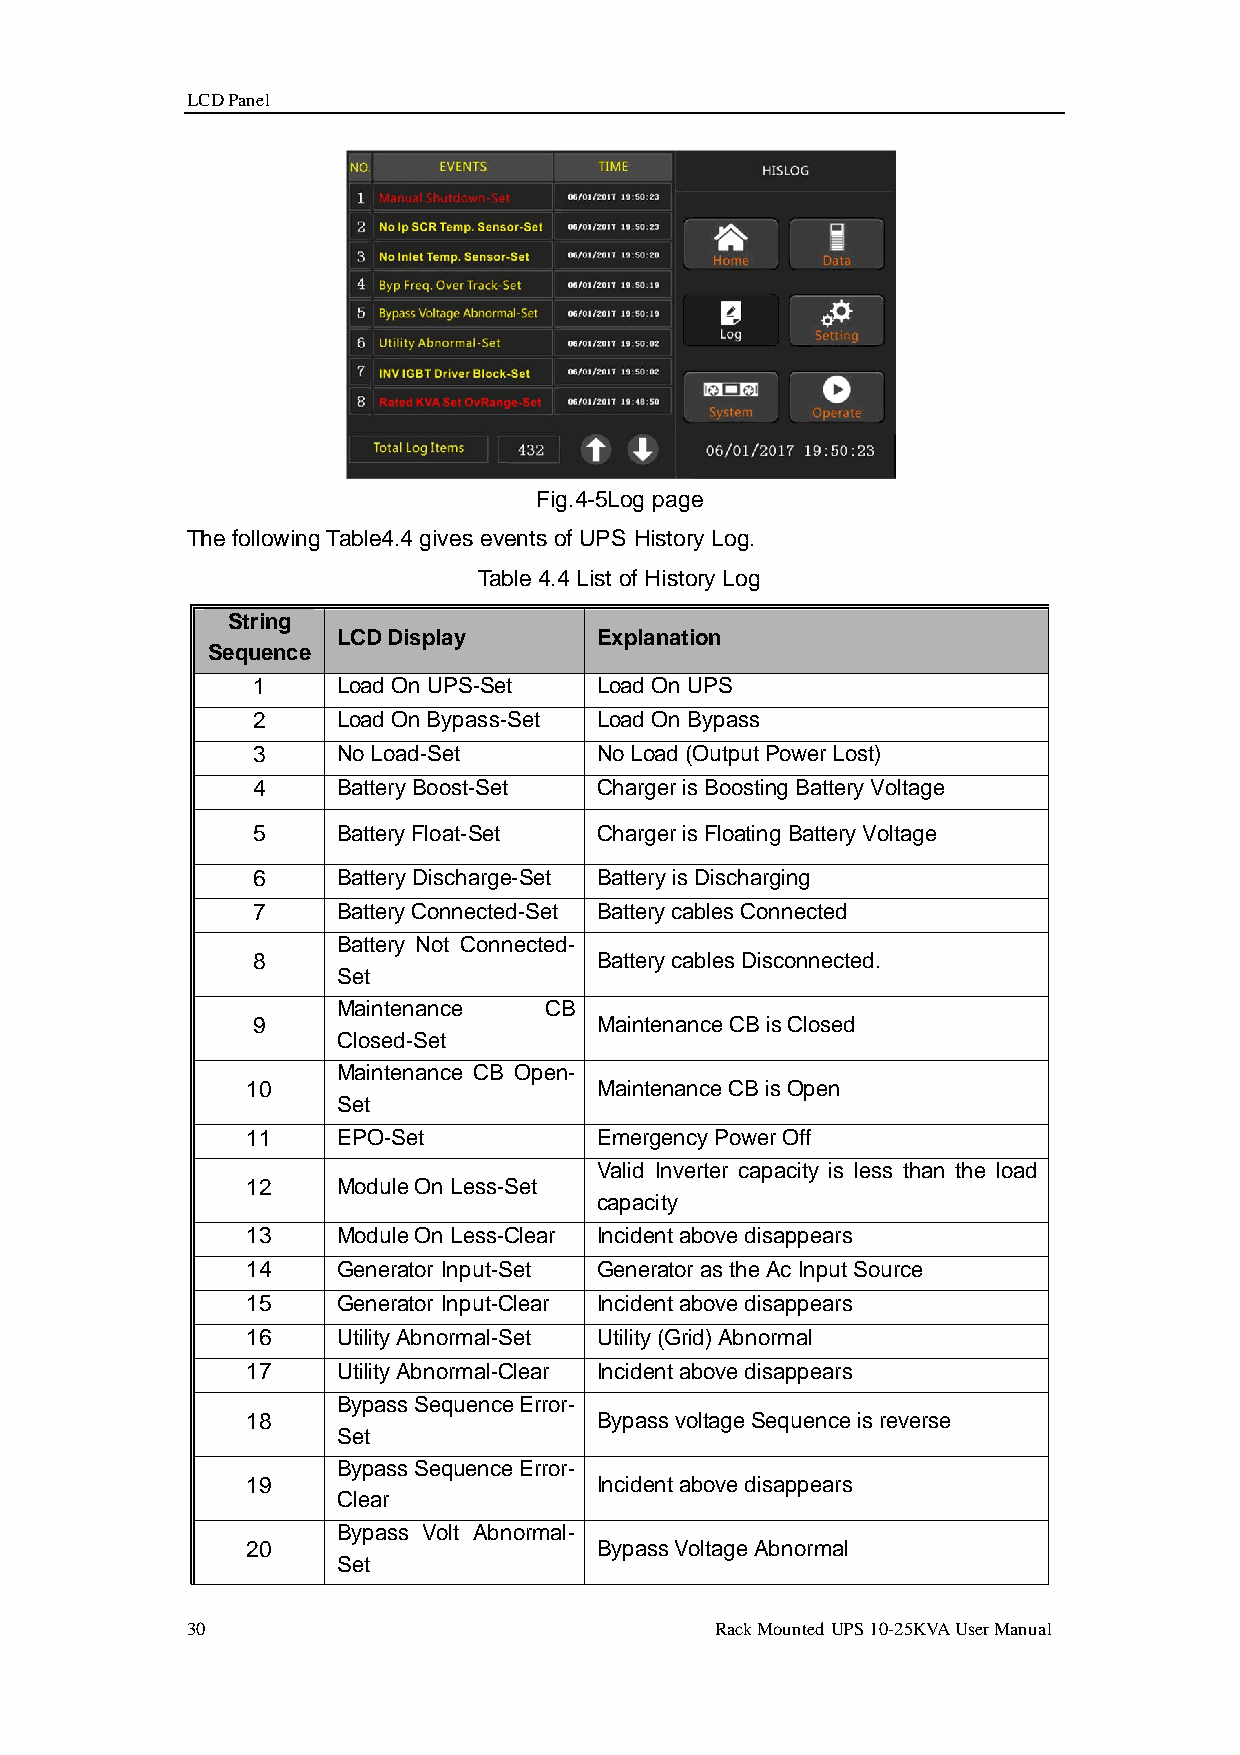
LCD Panel
 Fig.4-5Log page
 The following Table4.4 gives events of UPS History Log.
 Table 4.4 List of History Log
 String
 LCD Display       Explanation
 Sequence
 1    Load On UPS-Set   Load On UPS
 2    Load On Bypass-Set Load On Bypass
 3    No Load-Set       No Load (Output Power Lost)
 4    Battery Boost-Set Charger is Boosting Battery Voltage
 5    Battery Float-Set Charger is Floating Battery Voltage
 6    Battery Discharge-Set Battery is Discharging
 7    Battery Connected-Set Battery cables Connected
 Battery Not Connected-
 8                      Battery cables Disconnected.
 Set
 Maintenance   CB
 9                      Maintenance CB is Closed
 Closed-Set
 Maintenance CB Open-
 10                      Maintenance CB is Open
 Set
 11    EPO-Set           Emergency Power Off
 Valid Inverter capacity is less than the load
 12    Module On Less-Set
 capacity
 13    Module On Less-Clear Incident above disappears
 14    Generator Input-Set Generator as the Ac Input Source
 15    Generator Input-Clear Incident above disappears
 16    Utility Abnormal-Set Utility (Grid) Abnormal
 17    Utility Abnormal-Clear Incident above disappears
 Bypass Sequence Error-
 18                      Bypass voltage Sequence is reverse
 Set
 Bypass Sequence Error-
 19                      Incident above disappears
 Clear
 Bypass Volt Abnormal-
 20                      Bypass Voltage Abnormal
 Set
 30                                 Rack Mounted UPS 10-25KVA User Manual